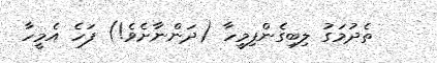
ތެދުމަގު ލިބިގެންފިމީހާ (ދަންނާށެވެ!) ފަހެ އެމީހާ